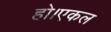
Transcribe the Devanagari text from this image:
हो।एकल